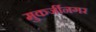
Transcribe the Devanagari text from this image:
मुकर्जीनगर